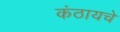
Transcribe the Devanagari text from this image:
कंठायचे